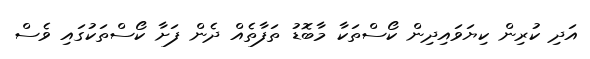
އަދި ކުރިން ކިޔަވައިދިން ކޯސްތަކާ މާބޮޑު ތަފާތެއް ދެން ފަށާ ކޯސްތަކުގައި ވެސް